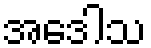
အဒေါသ